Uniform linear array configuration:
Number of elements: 8
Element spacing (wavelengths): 0.5
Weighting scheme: uniform
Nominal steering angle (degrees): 0
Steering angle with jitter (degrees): -1.217
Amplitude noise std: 0.05
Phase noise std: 0.05

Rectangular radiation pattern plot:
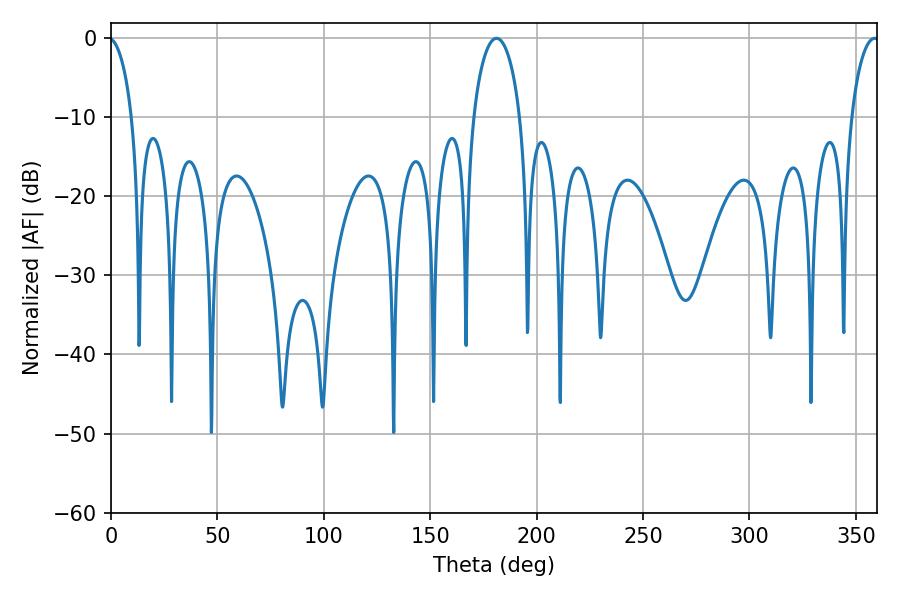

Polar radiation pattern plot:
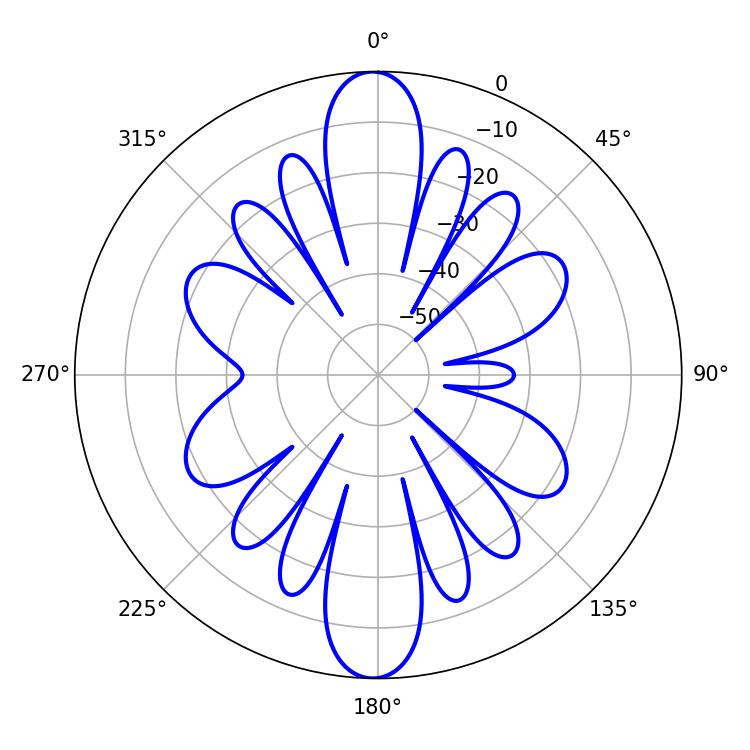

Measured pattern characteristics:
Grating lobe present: FALSE
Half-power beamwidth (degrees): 12.78
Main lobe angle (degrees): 181.08